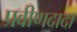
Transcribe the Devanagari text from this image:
प्रवीणदादा